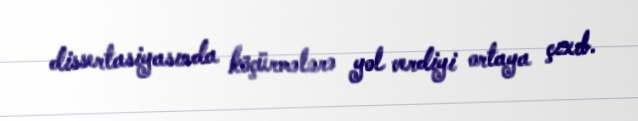
dissertasiyasında köçürmələrə yol verdiyi ortaya çıxıb.